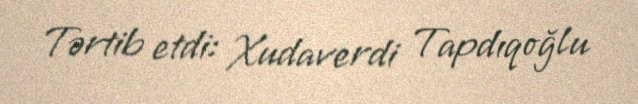
Tərtib etdi: Xudaverdi Tapdıqoğlu